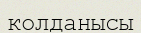
колданысы